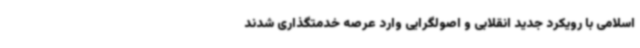
اسلامی با رویکرد جدید انقلابی و اصولگرایی وارد عرصه خدمتگذاری شدند